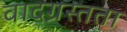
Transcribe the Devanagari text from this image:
वादग्रस्तता